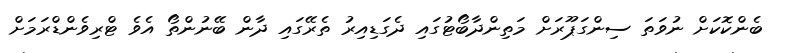
ބެންކޮކަށް ނުވަތަ ސިންގަޕޫރަށް މަތިންދާބޯޓުގައި ދެގަޑިއިރު ތެރޭގައި ދާން ބޭނުންތޯ އެވެ ޓްރިވެންޑްރަމަށް